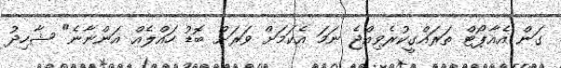
ގަން އެއާޕޯޓް ތަރައްގީކުރެވިއްޖެ ނަމަ އެކަމަށް ވަރަށް ބޮޑު ހައްލެއް އަންނާނެ" ޝާހިދު